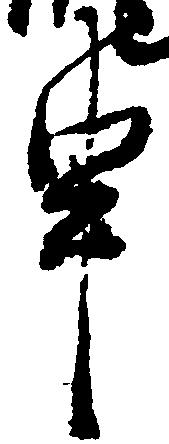
申